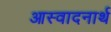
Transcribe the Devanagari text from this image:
आस्वादनार्थ